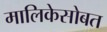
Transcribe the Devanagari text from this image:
मालिकेसोबत